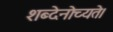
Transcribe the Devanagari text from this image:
शब्देनोच्यते।